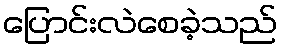
ပြောင်းလဲစေခဲ့သည်